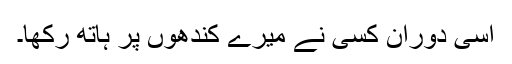
اسی دوران کسی نے میرے کندھوں پر ہاتھ رکھا۔